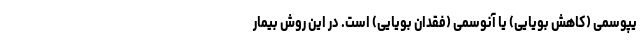
یپوسمی (کاهش بویایی) یا آنوسمی (فقدان بویایی) است. در این روش بیمار